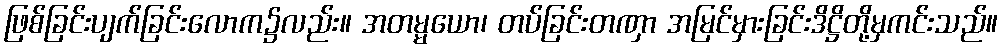
ဖြစ်ခြင်းပျက်ခြင်းလောက၌လည်း။ အတမ္မယော၊ တပ်ခြင်းတဏှာ အမြင်မှားခြင်းဒိဋ္ဌိတို့မှကင်းသည်။